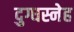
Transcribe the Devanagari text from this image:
दुग्धस्नेह